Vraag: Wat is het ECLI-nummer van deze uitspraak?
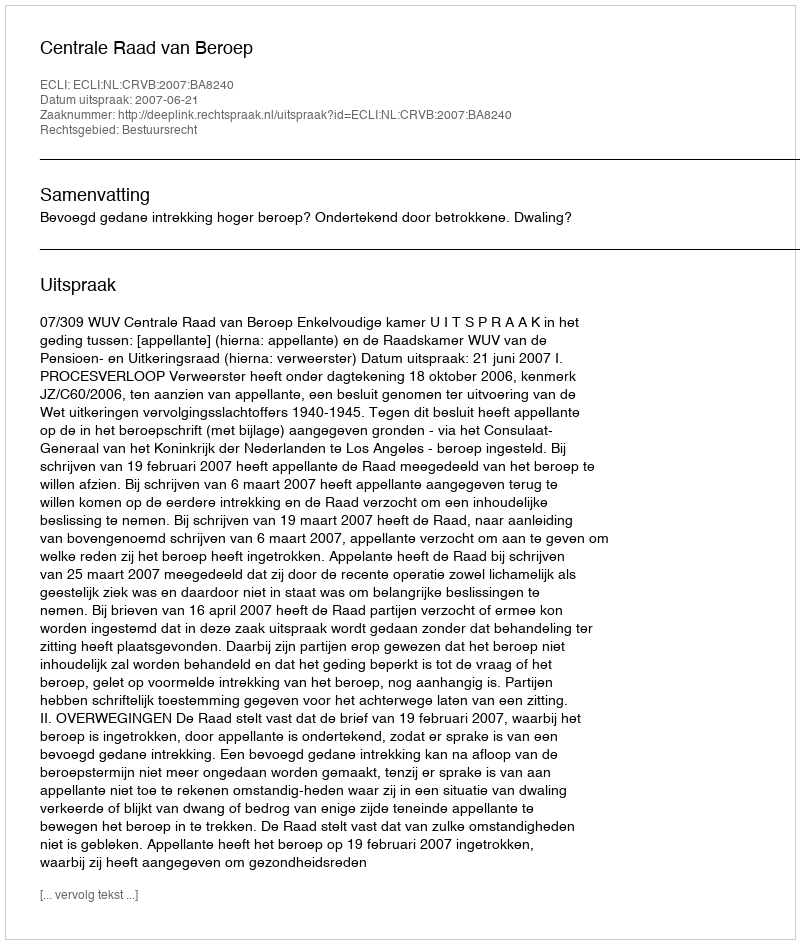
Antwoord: ECLI:NL:CRVB:2007:BA8240